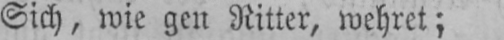
Sich, wie gen Ritter, wehret;